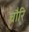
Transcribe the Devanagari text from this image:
चौरि